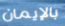
بالإيمان